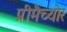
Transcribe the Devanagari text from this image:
प्रीमैच्योर